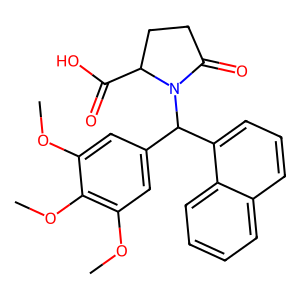
SMILES: COc1cc(C(c2cccc3ccccc23)N2C(=O)CCC2C(=O)O)cc(OC)c1OC
Inhibits HIV replication: No